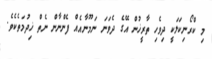
މި ކްރޯނިކަލަކީ ދިވެހި ތާރީޚުން އޭގެ ދެވަނަ ނަމޫނާއެއް ފެންނާން ނެތް ޚިދުމަތެކެވެ.